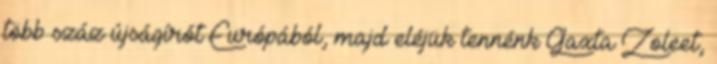
több száz újságírót Európából, majd eléjük tennénk Gaxta Zoleet,